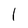
Character: l